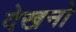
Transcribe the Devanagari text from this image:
देखनो